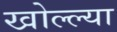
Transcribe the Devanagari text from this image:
खोल्ल्या